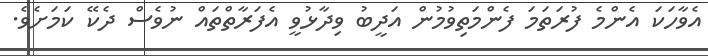
އެވާހަކަ އެންމެ ފުރަތަމަ ފެންމަތިވުމުން އަދީބު ވިދާޅުވީ އެފަރާތްތައް ނުވެސް ދެކޭ ކަމަށެވެ.